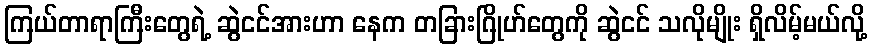
ကြယ်တာရာကြီးတွေရဲ့ ဆွဲငင်အားဟာ နေက တခြားဂြိုဟ်တွေကို ဆွဲငင် သလိုမျိုး ရှိလိမ့်မယ်လို့